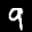
Label: 9